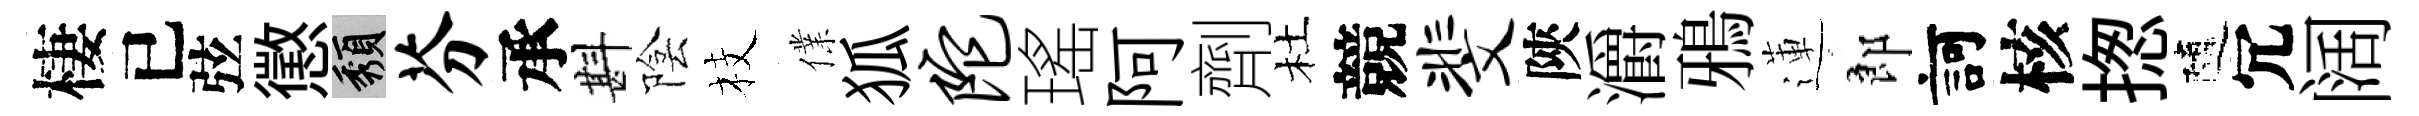
棲已弦懲頽芬承斟陰枝㒒狐陀瑤阿劑杜競斐陝灂鴉蓮郎訶核揔隨冗阔